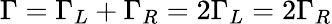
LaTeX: \Gamma=\Gamma_{L}+\Gamma_{R}=2\Gamma_{L}=2\Gamma_{R}